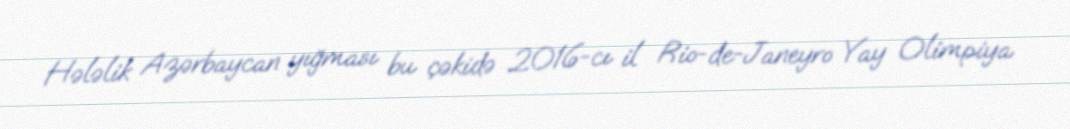
Hələlik Azərbaycan yığması bu çəkidə 2016-cı il Rio-de-Janeyro Yay Olimpiya